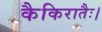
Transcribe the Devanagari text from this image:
कैकिरातैः।